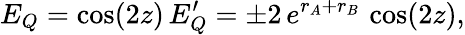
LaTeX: E_{Q}=\cos(2z)\, E_{Q}^{\prime}=\pm 2\, e^{r_{A}+r_{B}}\, \cos(2z),